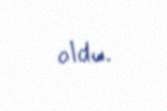
oldu.